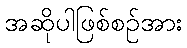
အဆိုပါဖြစ်စဉ်အား